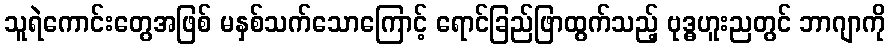
သူရဲကောင်းတွေအဖြစ် မနှစ်သက်သောကြောင့် ရောင်ခြည်ဖြာထွက်သည့် ဗုဒ္ဓဟူးညတွင် ဘာဂျာကို